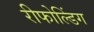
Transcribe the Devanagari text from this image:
रीफोल्डिंग